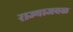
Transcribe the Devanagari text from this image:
राज्याजवळ